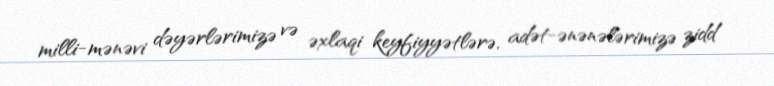
milli-mənəvi dəyərlərimizə və əxlaqi keyfiyyətlərə, adət-ənənələrimizə zidd